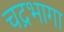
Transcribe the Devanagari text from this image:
चद्रभागा